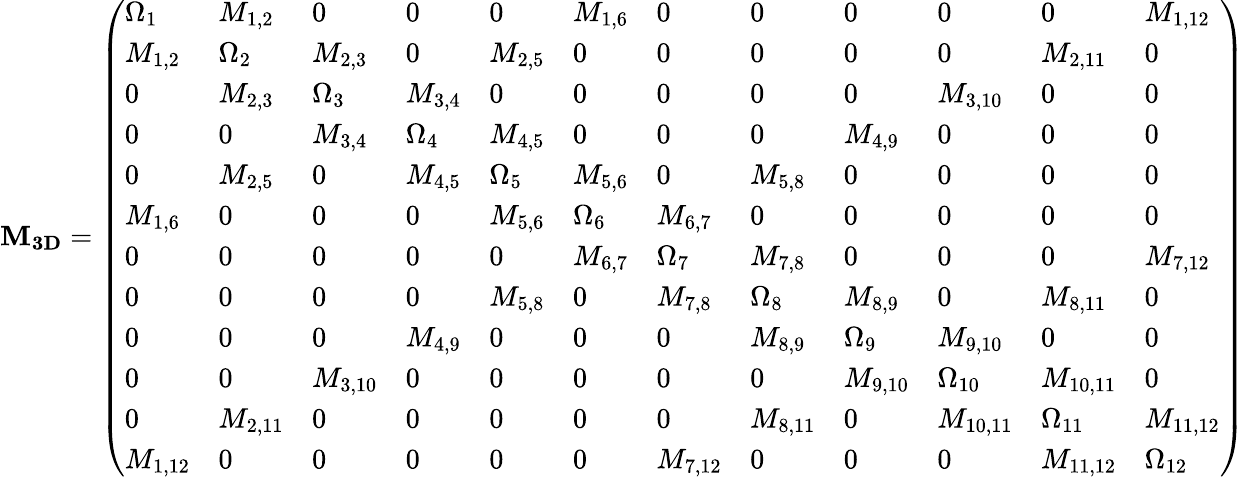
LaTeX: \mathbf{M_{3D}}=\left(\begin{array}{llllllllllll}{\Omega_{1}}&{M_{1,2}}&{0}&{0}&{0}&{M_{1,6}}&{0}&{0}&{0}&{0}&{0}&{M_{1,12}}\\ {M_{1,2}}&{\Omega_{2}}&{M_{2,3}}&{0}&{M_{2,5}}&{0}&{0}&{0}&{0}&{0}&{M_{2,11}}&{0}\\ {0}&{M_{2,3}}&{\Omega_{3}}&{M_{3,4}}&{0}&{0}&{0}&{0}&{0}&{M_{3,10}}&{0}&{0}\\ {0}&{0}&{M_{3,4}}&{\Omega_{4}}&{M_{4,5}}&{0}&{0}&{0}&{M_{4,9}}&{0}&{0}&{0}\\ {0}&{M_{2,5}}&{0}&{M_{4,5}}&{\Omega_{5}}&{M_{5,6}}&{0}&{M_{5,8}}&{0}&{0}&{0}&{0}\\ {M_{1,6}}&{0}&{0}&{0}&{M_{5,6}}&{\Omega_{6}}&{M_{6,7}}&{0}&{0}&{0}&{0}&{0}\\ {0}&{0}&{0}&{0}&{0}&{M_{6,7}}&{\Omega_{7}}&{M_{7,8}}&{0}&{0}&{0}&{M_{7,12}}\\ {0}&{0}&{0}&{0}&{M_{5,8}}&{0}&{M_{7,8}}&{\Omega_{8}}&{M_{8,9}}&{0}&{M_{8,11}}&{0}\\ {0}&{0}&{0}&{M_{4,9}}&{0}&{0}&{0}&{M_{8,9}}&{\Omega_{9}}&{M_{9,10}}&{0}&{0}\\ {0}&{0}&{M_{3,10}}&{0}&{0}&{0}&{0}&{0}&{M_{9,10}}&{\Omega_{10}}&{M_{10,11}}&{0}\\ {0}&{M_{2,11}}&{0}&{0}&{0}&{0}&{0}&{M_{8,11}}&{0}&{M_{10,11}}&{\Omega_{11}}&{M_{11,12}}\\ {M_{1,12}}&{0}&{0}&{0}&{0}&{0}&{M_{7,12}}&{0}&{0}&{0}&{M_{11,12}}&{\Omega_{12}}\end{array}\right)